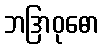
ဘဒြာဝုဓော